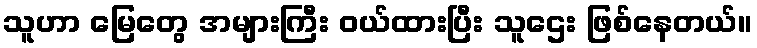
သူဟာ မြေတွေ အများကြီး ဝယ်ထားပြီး သူဌေး ဖြစ်နေတယ်။